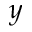
y